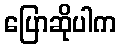
ပြောဆိုပါက